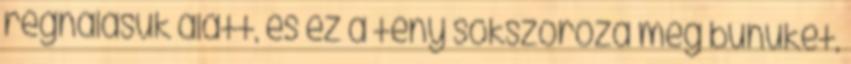
regnálásuk alatt, és ez a tény sokszoroza meg bűnüket,